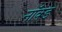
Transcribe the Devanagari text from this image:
नॉक्ड